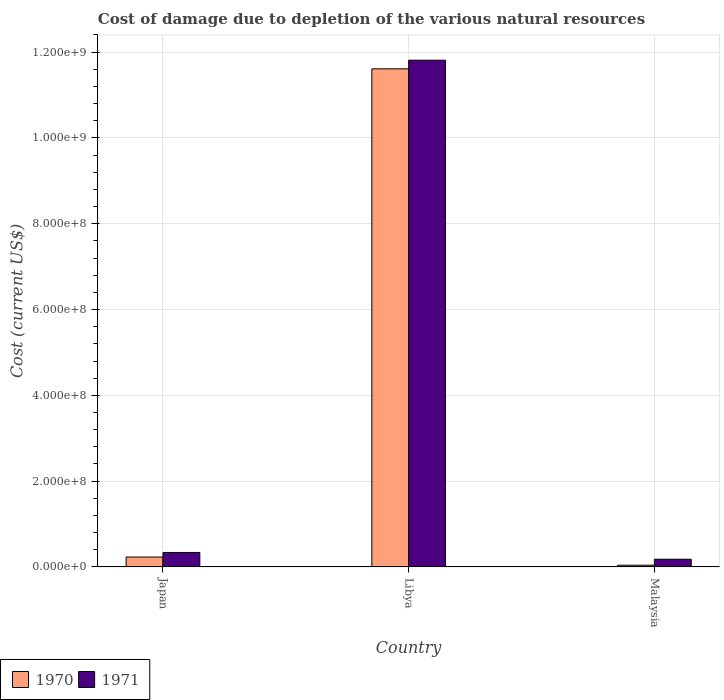
| Country | 1970 | 1971 |
 | --- | --- | --- |
 | Japan | 2.3e+07 | 3.37e+07 |
 | Libya | 1.16e+09 | 1.18e+09 |
 | Malaysia | 3.97e+06 | 1.79e+07 |